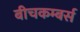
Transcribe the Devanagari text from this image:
बीचकम्बर्स